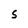
Character: S